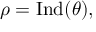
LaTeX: \rho = { \mathrm { I n d } } ( \theta ) ,